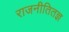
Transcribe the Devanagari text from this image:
राजनीतितज्ञ